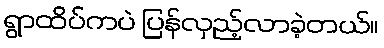
ရွာထိပ်ကပဲ ပြန်လှည့်လာခဲ့တယ်။